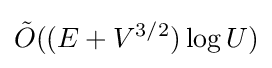
{\tilde {O}}((E+V^{3/2})\log U)